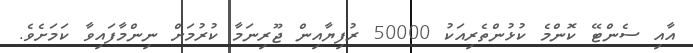
އާއި ސެންޓޭ ކޮންމެ ކުޅުންތެރިއަކު 50000 ރުފިޔާއިން ޖޫރިނަމާ ކުރުމަށް ނިންމާފައިވާ ކަމަށެވެ.